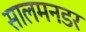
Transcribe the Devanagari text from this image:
सालमनडर